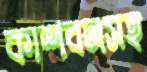
কাশবনসহ